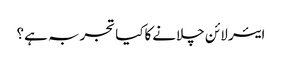
ایئر لائن چلانےکاکیا تجربہ ہے؟